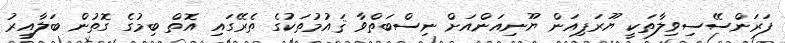
ފަރަންސޭސިވިލާތަކީ ޔޫރަޕިއަން ޔޫނިއަންއަށް ނިސްބަތްވާ ޤައުމުތަކުގެ ތެރޭގައި އޮތް ބިމުގެ ގޮތުން ބަލާއިރު